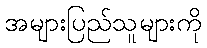
အများပြည်သူများကို